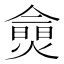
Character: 𱬔